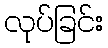
လုပ်ခြင်း